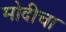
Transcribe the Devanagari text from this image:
मोदीचा